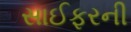
સાઈફરની